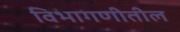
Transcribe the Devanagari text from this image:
विभागणीतील